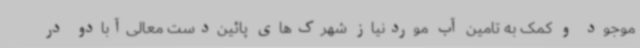
موجود و کمک به تامین آب موردنیاز شهرک‌های پائین‌دست معالی‌آبادو در